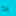
به